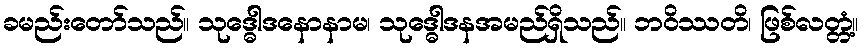
ခမည်းတော်သည်။ သုဒ္ဓေါဒနောနာမ၊ သုဒ္ဓေါဒနအမည်ရှိသည်။ ဘဝိဿတိ၊ ဖြစ်လတ္တံ့။